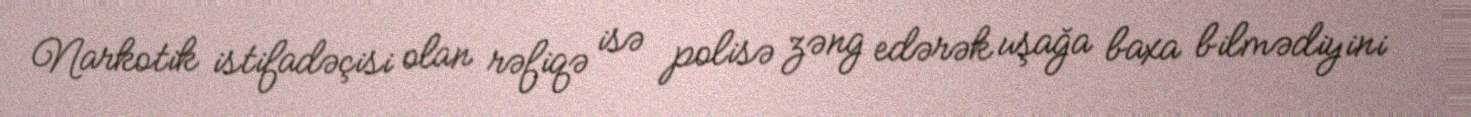
Narkotik istifadəçisi olan rəfiqə isə polisə zəng edərək uşağa baxa bilmədiyini